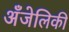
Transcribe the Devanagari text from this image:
अँजेलिकी